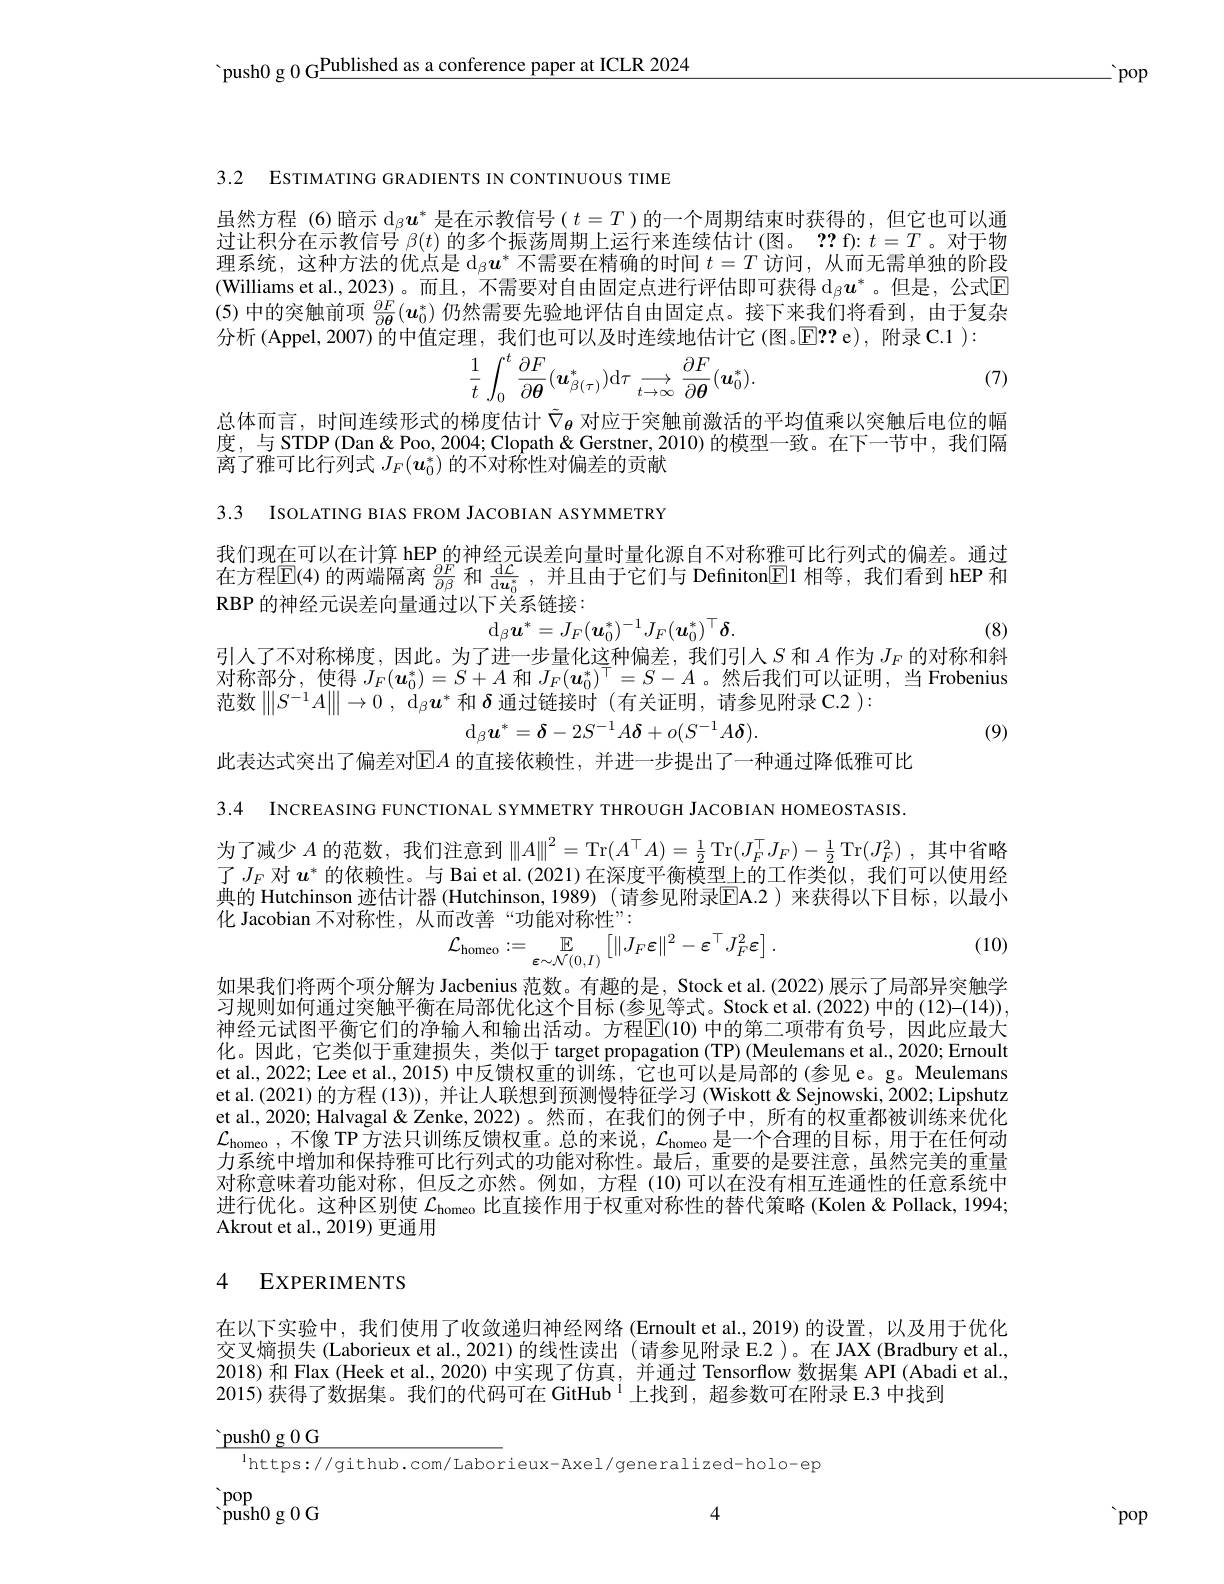
'push0 g 0 G$\underline\text{Published as a conference paper at ICLR 2024}$

$\therefore$pop

3.2 ESTIMATING GRADIENTS IN CONTINUOUS TIME

虽然方程 (6)暗示$\operatorname{d}_\beta\boldsymbol{u}^*$是在示教信号$(t=T)$的一个周期结束时获得的，但它也可以通过让积分在示教信号$\beta(t)$的多个振荡周期上运行来连续估计 (图。?? f): $t=T$。对于物理系统，这种方法的优点是$\mathrm{d}_\beta\boldsymbol{u}^*$不需要在精确的时间$t=T$访问 ,从而无需单独的阶段(Williams et al.,2023)。而且，不需要对自由固定点进行评估即可获得$\operatorname{d}_\beta\boldsymbol{u}^*$。但是，公式$\operatorname{E}$ (5) 中的突触前项$\frac{\partial F}{\partial\boldsymbol{\theta}}(\boldsymbol{u}_0^*)$仍然需要先验地评估自由固定点。接下来我们将看到，由于复杂分析 (Appel,2007)的中值定理，我们也可以及时连续地估计它(图。E? ? e),附录 C.1 ):
$$\frac{1}{t}\int_{0}^{t}\frac{\partial F}{\partial\boldsymbol{\theta}}(\boldsymbol{u}_{\beta(\tau)}^{*})\mathrm{d}\tau\longrightarrow\frac{\partial F}{\partial\boldsymbol{\theta}}(\boldsymbol{u}_{0}^{*}).$$
(7)

总体而言，时间连续形式的梯度估计$\tilde{\nabla}_\mathrm{\theta}$对应于突触前激活的平均值乘以突触后电位的幅度，与 STDP(Dan&Poo,2004; Clopath&Gerstner,2010) 的模型一致。在下一节中，我们隔离了雅可比行列式$J_F(\boldsymbol{u}_0^*)\hat{\text{的不对称性对偏差的贡献}}$

3.3 ISOLATING BIAS FROM JACOBIAN ASYMMETRY

我们现在可以在计算 hEP 的神经元误差向量时量化源自不对称雅可比行列式的偏差。通过在方程$\mathbb{E}(4)$的两端隔离$\frac\partial F{\partial\beta}$和$\frac{\mathrm{d}\mathcal{L}}{\mathrm{d}\boldsymbol{u}_0^*}$,并且由于它们与 Definiton$\boxed{\mathrm{E}}1$相等 ,我们看到 hEP 和RBP 的神经元误差向量通过以下关系链接：
(8)
$$\mathrm{d}_\beta\boldsymbol{u}^*=J_F(\boldsymbol{u}_0^*)^{-1}J_F(\boldsymbol{u}_0^*)^\top\boldsymbol{\delta}.$$
引人了不对称梯度，因此。为了进一步量化这种偏差，我们引入$S$和$A$作为$J_F$的对称和斜对称部分，使得$J_F(\boldsymbol{u}_0^*)=S+A$和$J_F(\boldsymbol{u}_0^*)^\top=S-A$ 。然后我们可以证明，当 Frobenius 范数$\left\|S^{-1}A\right\|\to0,\mathrm{~d}_\beta\boldsymbol{u}^*$和$\boldsymbol{\delta}$通过链接时 (有关证明，请参见附录 C.2 ):
$$\mathrm{d}_\beta\boldsymbol{u}^*=\boldsymbol{\delta}-2S^{-1}A\boldsymbol{\delta}+o(S^{-1}A\boldsymbol{\delta}).$$
(9)

此表达式突出了偏差对$\operatorname{E}A$ 的直接依赖性，并进一步提出了一种通过降低雅可比3.4 INCREASING FUNCTIONAL SYMMETRY THROUGH JACOBIAN HOMEOSTASIS. 为了减少$A$的范数，我们注意到$\|A\|^2=$Tr$(A^\top A)=\frac12$ Tr$(J_F^\top J_F)-\frac12$ Tr$(J_F^2)$,其中省略了$J_F$对$u^*$的依赖性。与 Bai et al.(2021)在深度平衡模型上的工作类似，我们可以使用经典的 Hutchinson 迹估计器 (Hutchinson,1989) (请参见附录$\overline{\mathrm{E}}$A.2 )来获得以下目标，以最小化 Jacobian 不对称性，从而改善“功能对称性”:
$$\mathcal{L}_{\mathrm{homeo}}:=\mathbb{E}_{\varepsilon\sim\mathcal{N}(0,I)}\left[\|J_{F}\varepsilon\|^{2}-\varepsilon^{\top}J_{F}^{2}\varepsilon\right].$$
(10)

如果我们将两个项分解为 Jacbenius 范数。有趣的是，Stock et al.(2022) 展示了局部异突触学习规则如何通过突触平衡在局部优化这个目标(参见等式。Stock et al.(2022) 中的(12)-(14)), 神经元试图平衡它们的净输人和输出活动。方程$\overline{\mathrm{E}}(10)$ 中的第二项带有负号，因此应最大化。因此，它类似于重建损失，类似于 target propagation (TP) (Meulemans et al., 2020; Ernoult et al., 2022; Lee et al., 2015) 中反馈权重的训练，它也可以是局部的 (参见 e。g。Meulemans et al.(2021) 的方程 (13)), 并让人联想到预测慢特征学习 (Wiskott& Sejnowski, 2002; Lipshutz et al., 2020; Halvagal & Zenke, 2022)。然而，在我们的例子中，所有的权重都被训练来优化$\mathcal{L}_{\mathrm{homeo~,~不像~TP~方法只训练反馈权重。总的来说，~}\mathcal{L}_{\mathrm{homeo~}}\text{是一个合理的目标，用于在任何动}}$ 力系统中增加和保持雅可比行列式的功能对称性。最后，重要的是要注意，虽然完美的重量对称意味着功能对称，但反之亦然。例如，方程 (10)可以在没有相互连通性的任意系统中进行优化。这种区别使$\mathcal{L}_\mathrm{homeo}$比直接作用于权重对称性的替代策略 (Kolen&Pollack, 1994; Akrout et al., 2019) 更通用

### 4 EXPERIMENTS

在以下实验中，我们使用了收敛递归神经网络 (Ernoult et al.,2019) 的设置，以及用于优化交叉熵损失 (Laborieux et al., 2021)的线性读出 (请参见附录 E.2)。在 JAX (Bradbury et al., 2018) 和 Flax (Heek et al, 2020) 中实现了仿真，并通过 Tensorflow 数据集 API (Abadi et al., 2015) 获得了数据集。我们的代码可在 GitHub $^{1}$上找到，超参数可在附录 E.3 中找到
$$\begin{aligned}&\frac{\text{push0 g0 G}}{1_{\text{https://github.com/Labor}}\text{ieux-Axel/generalized-holo-ep}}\\&\text{pop}\\&\text{push0 g0 G}\end{aligned}$$
 pop